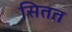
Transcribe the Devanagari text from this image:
सितत